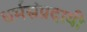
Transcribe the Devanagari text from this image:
धर्मसंप्रदायी